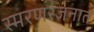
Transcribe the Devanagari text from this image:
स्मरणरंजनात